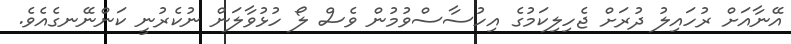
އޭނާއަށް ރުހައިލު ދުރަށް ޖެހިލިކަމުގެ އިހުސާސްވުމުން ވެސް ލޯ ހުޅުވާލަން ނުކެރުނީ ކަންނޭނގެއެވެ.